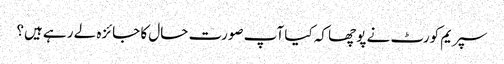
سپریم کورٹ نے پوچھا کہ کیا آپ صورت حال کا جائزہ لے رہے ہیں؟